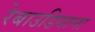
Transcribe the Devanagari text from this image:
रेबाउडियाना